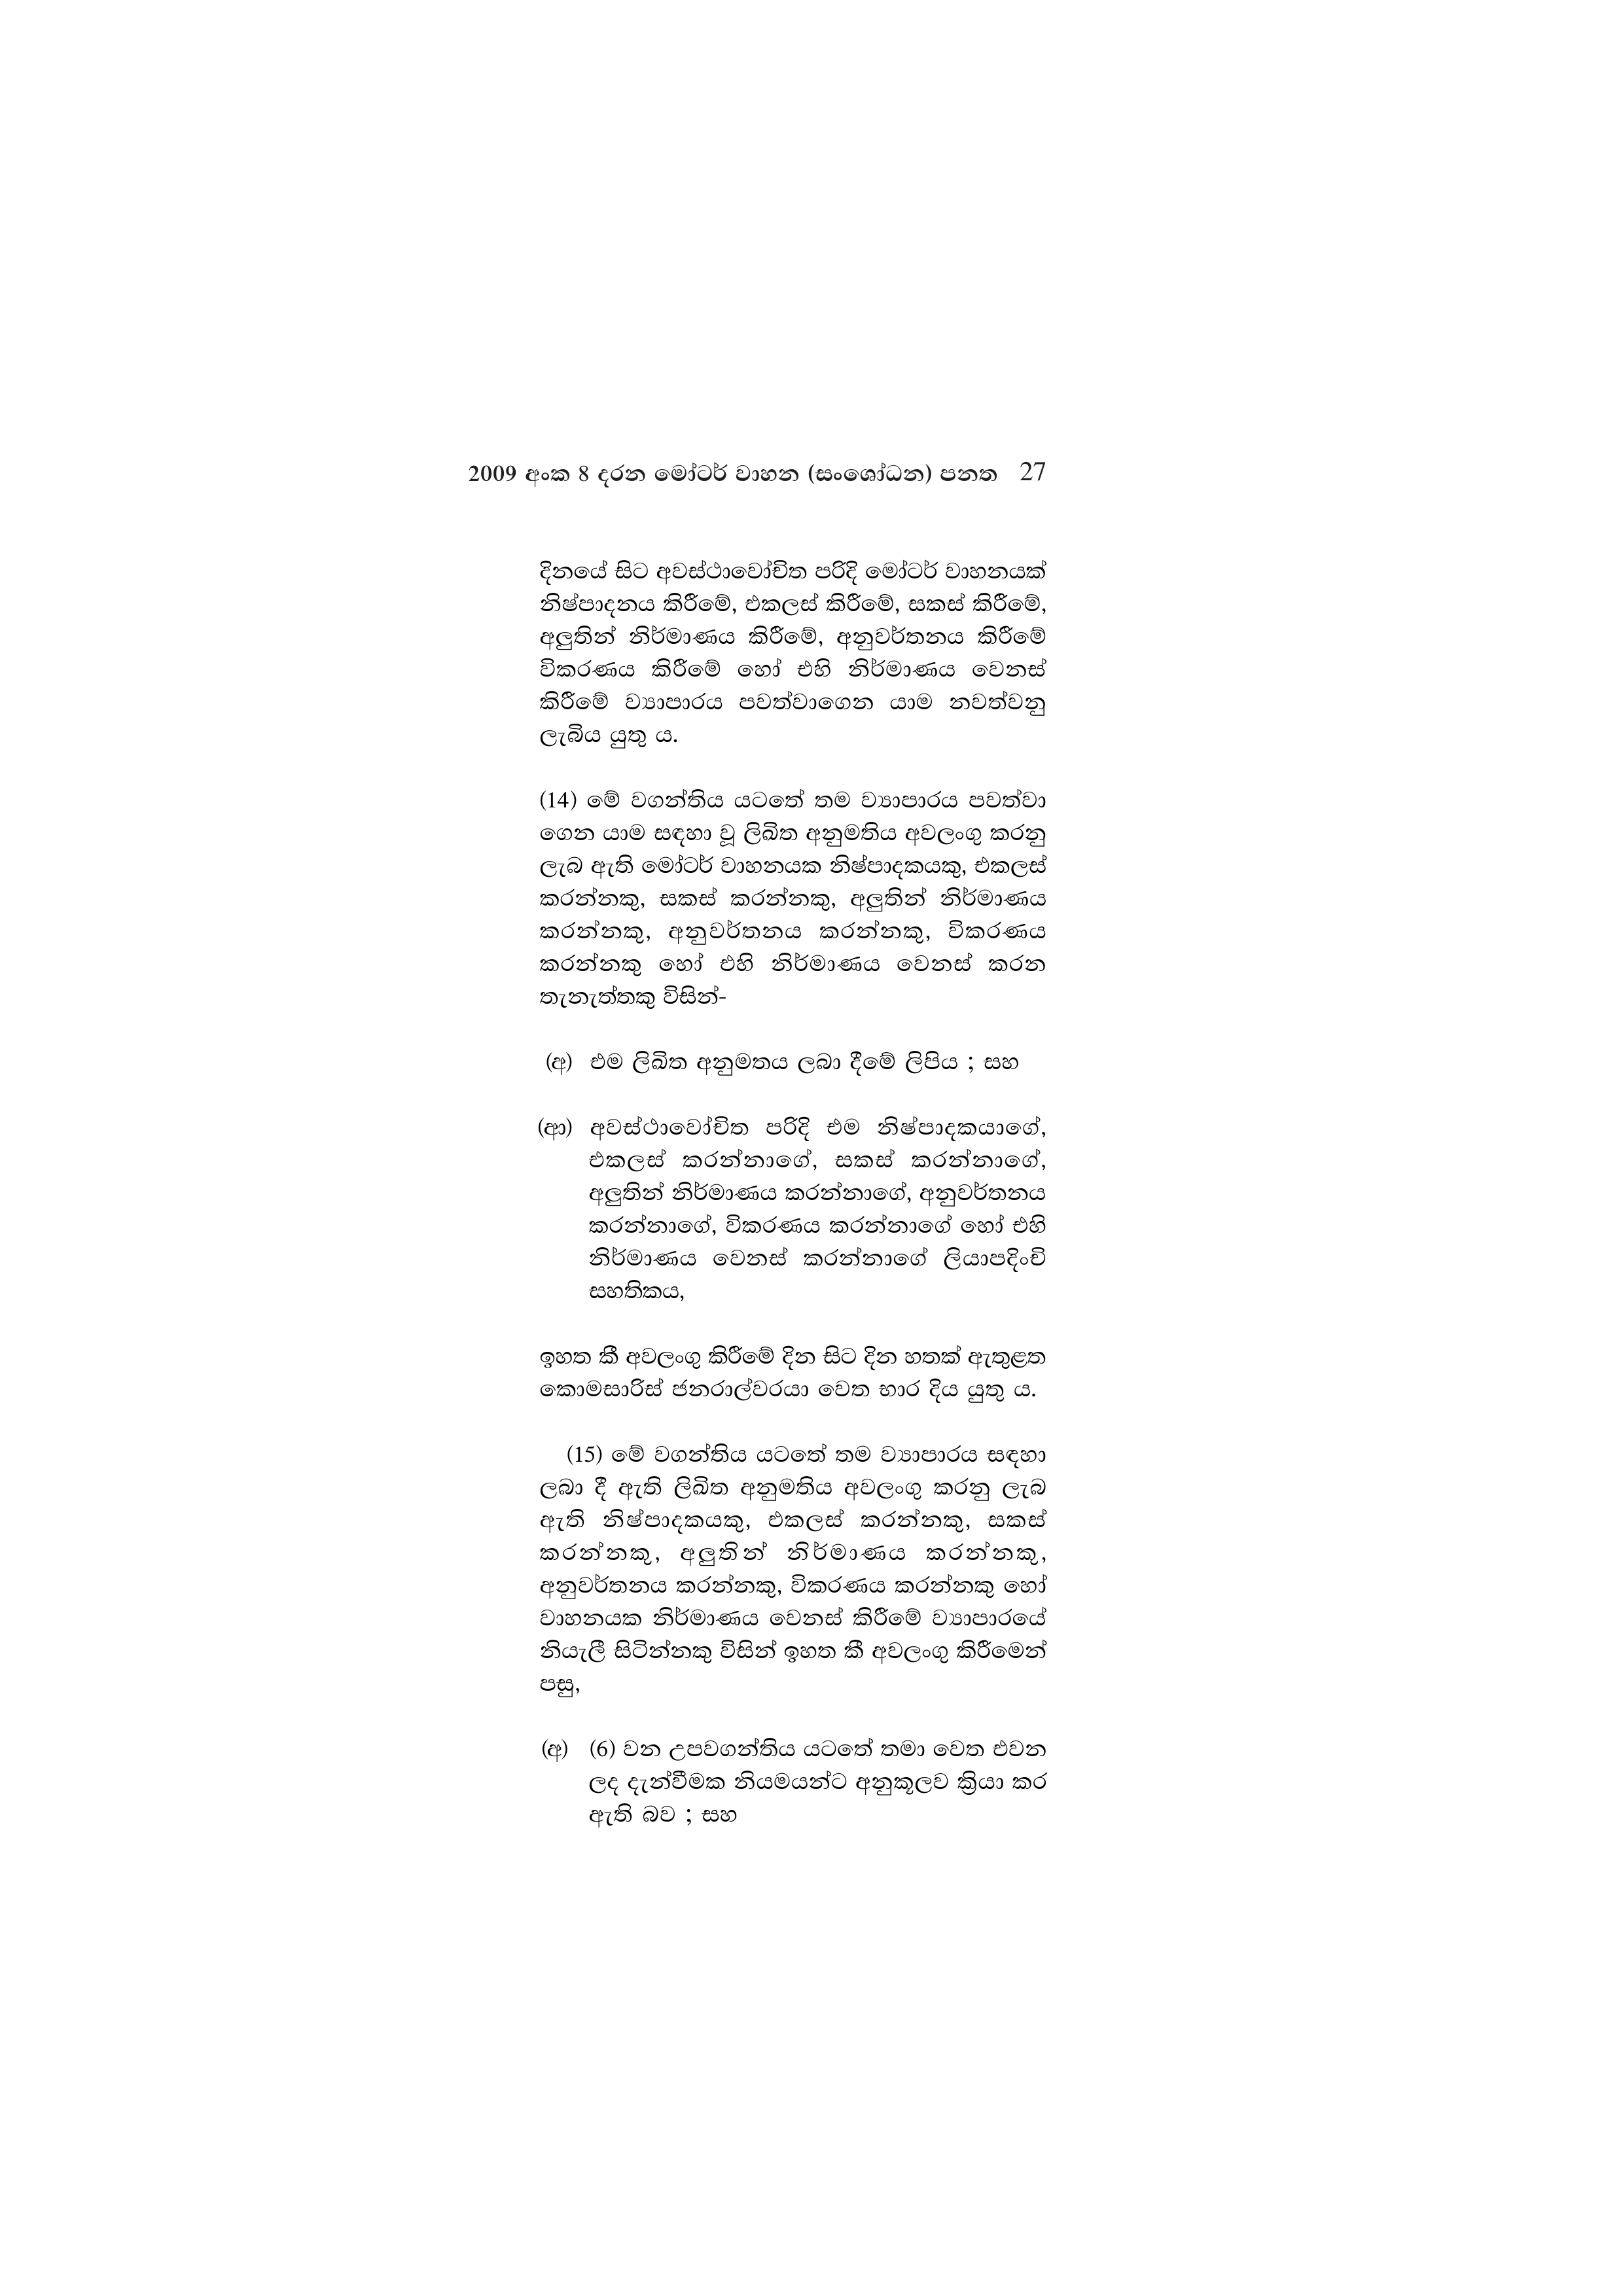
2009 අංක 8 දරන මෝටර් වාහන (සංශෝධන) පනත 27

දිනයේ සිට අවස්ථාවෝචිත පරිදි මෝටර් වාහනයක්
නිෂ්පාදනය කිරීමේ, එකලස් කිරීමේ, සකස් කිරීමේ,
අලුතින් නිර්මාණය කිරීමේ, අනුවර්තනය කිරීමේ
විකරණය කිරීමේ හෝ එහි නිර්මාණය වෙනස්
කිරීමේ ව්‍යාපාරය පවත්වාගෙන යාම නවත්වනු
ලැබිය යුතු ය.

(14) මේ වගන්තිය යටතේ තම ව්‍යාපාරය පවත්වා
ගෙන යාම සඳහා වූ ලිඛිත අනුමතිය අවලංගු කරනු
ලැබ ඇති මෝටර් වාහනයක නිෂ්පාදකයකු, එකලස්
කරන්නකු, සකස් කරන්නකු, අලුතින් නිර්මාණය
කරන්නකු, අනුවර්තනය කරන්නකු, විකරණය
කරන්නකු හෝ එහි නිර්මාණය වෙනස් කරන
තැනැත්තකු විසින්-

(අ) එම ලිඛිත අනුමතය ලබා දීමේ ලිපිය ; සහ

(ආ) අවස්ථාවෝචිත පරිදි එම නිෂ්පාදකයාගේ,
එකලස් කරන්නාගේ, සකස් කරන්නාගේ,
අලුතින් නිර්මාණය කරන්නාගේ, අනුවර්තනය
කරන්නාගේ, විකරණය කරන්නාගේ හෝ එහි
නිර්මාණය වෙනස් කරන්නාගේ ලියාපදිංචි
සහතිකය,

ඉහත කී අවලංගු කිරීමේ දින සිට දින හතක් ඇතුළත
කොමසාරිස් ජනරාල්වරයා වෙත භාර දිය යුතු ය.

(15) මේ වගන්තිය යටතේ තම ව්‍යාපාරය සඳහා
ලබා දී ඇති ලිඛිත අනුමතිය අවලංගු කරනු ලැබ
ඇති නිෂ්පාදකයකු, එකලස් කරන්නකු, සකස්
කරන්නකු, අලුතින් නිර්මාණය කරන්නකු,
අනුවර්තනය කරන්නකු, විකරණය කරන්නකු හෝ
වාහනයක නිර්මාණය වෙනස් කිරීමේ ව්‍යාපාරයේ
නියැලී සිටින්නකු විසින් ඉහත කී අවලංගු කිරීමෙන්
පසු,

(අ) (6) වන උපවගන්තිය යටතේ තමා වෙත එවන
ලද දැන්වීමක නියමයන්ට අනුකූලව ක්‍රියා කර
ඇති බව ; සහ